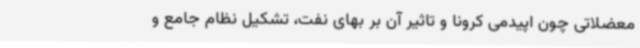
معضلاتی چون اپیدمی کرونا و تاثیر آن بر بهای نفت، تشکیل نظام جامع و